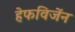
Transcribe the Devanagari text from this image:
हेफविजेंन